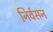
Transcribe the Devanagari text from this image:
निर्वसन